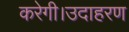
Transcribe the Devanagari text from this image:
करेगी।उदाहरण